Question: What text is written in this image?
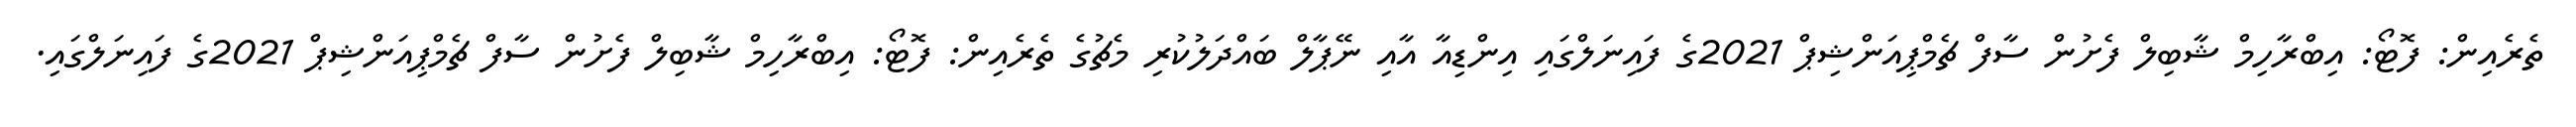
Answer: ތެރެއިން: ފޮޓޯ: އިބްރާހިމް ޝާބިލް ފެށުން ސާފް ޗެމްޕިއަންޝިޕް 2021ގެ ފައިނަލްގައި އިންޑިއާ އާއި ނޭޕާލް ބައްދަލުކުރި މެޗުގެ ތެރެއިން: ފޮޓޯ: އިބްރާހިމް ޝާބިލް ފެށުން ސާފް ޗެމްޕިއަންޝިޕް 2021ގެ ފައިނަލްގައި.